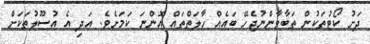
ދަށު ކޯޓުތަކުން ތަބާވާންނުޖެހޭ ބައެއް ހާލަތްތައް އޮންނަ ކަމަށެވެ. އަދި އެ އުސޫލުތަކަށް